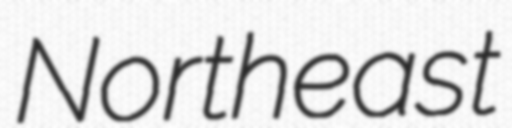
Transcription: Northeast